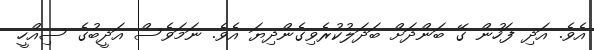
އެވެ. އަދި ފަހުން ގޭ ބަންދަށް ބަދަލުކުރެވިގެންދިޔަ އެވެ. ނަމަވެސް އަދީބުގެ ސިއްހީ